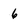
Character: 6